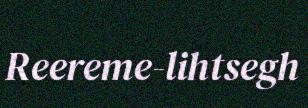
Reereme-lihtsegh